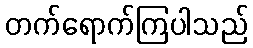
တက်ရောက်ကြပါသည်